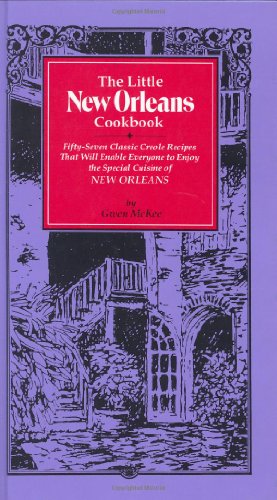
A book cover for The Little New Orleans Cookbook: Fifty-Seven Classic Creole Recipes That Will Enable Everyone to Enjoy the Special Cuisine of New Orleans; Gwen McKee; Cookbooks, Food & Wine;